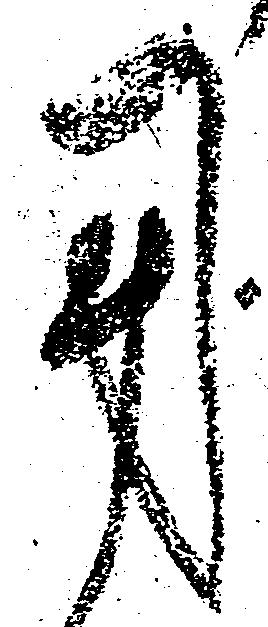
用